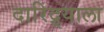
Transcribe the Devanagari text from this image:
दारिद्र्याला